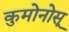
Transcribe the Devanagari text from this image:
कुमोनोसू